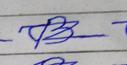
Signature authenticity: forged